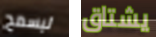
ليسمح يشتاق